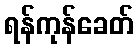
ရန်ကုန်ခေတ်